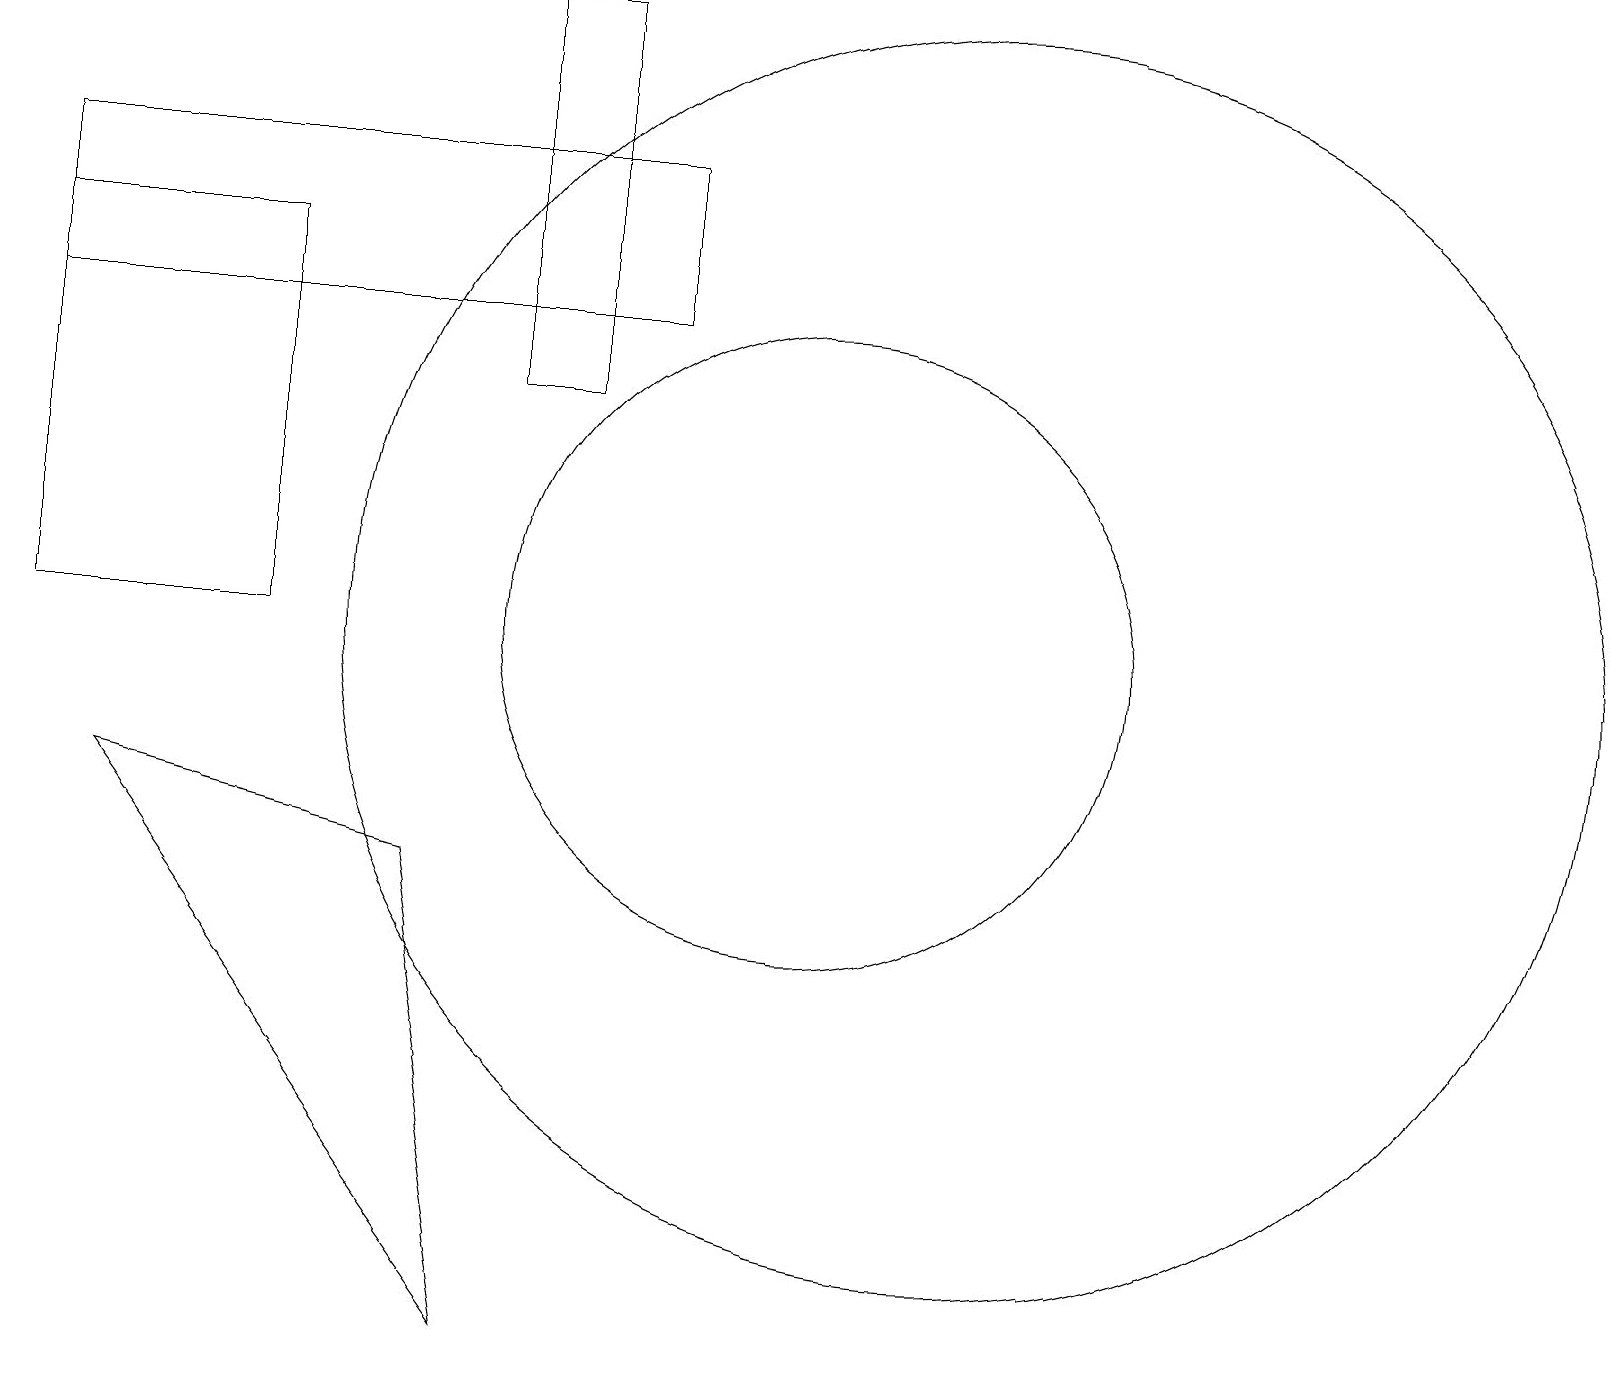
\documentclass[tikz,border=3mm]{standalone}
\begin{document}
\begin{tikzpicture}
\draw (8,14) rectangle (0,16);
\draw (12,10) circle (8);
\draw (10,10) circle (4);
\draw (3,10) rectangle (0,15);
\draw (7,13) rectangle (6,18);
\draw (5,7) -- (1,8) -- (6,1) -- cycle;
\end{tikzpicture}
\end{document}